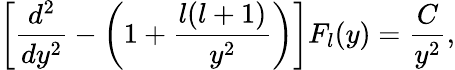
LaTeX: \left[{\frac{d^{2}}{dy^{2}}}-\left(1+{\frac{l(l+1)}{y^{2}}}\right)\right]F_{l}(y)={\frac{C}{y^{2}}},